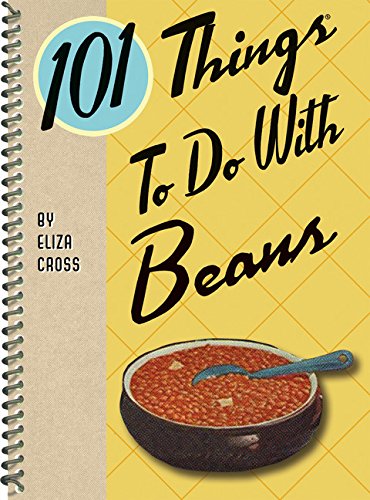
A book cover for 101 Things to do with Beans; Eliza Cross; Cookbooks, Food & Wine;